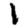
Digit: 1